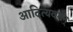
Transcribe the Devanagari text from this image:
आदित्यवर्मन्‌